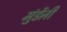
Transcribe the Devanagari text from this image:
मुंडेंऩी